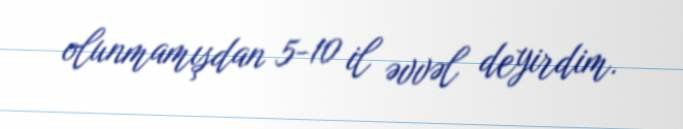
olunmamışdan 5-10 il əvvəl deyirdim.